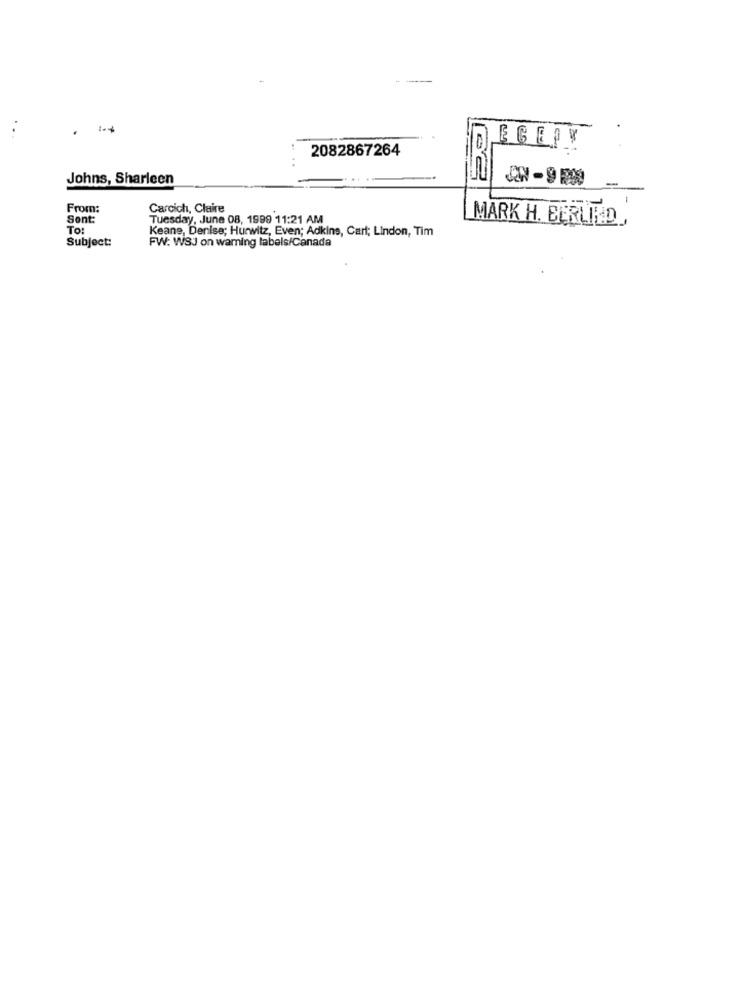
--
EGERV
20
2082867264
Johns, Sharleen
62
From:
Carcich, Claire
Sent:
Tuesday, June 08, 1999 11:21 AM
MARK H. BERUED
To:
Keane, Denise; Hurwitz, Even; Adkins, Carl; Lindon, Tim
Subject:
FW: WSJ on warning labels/Canada